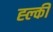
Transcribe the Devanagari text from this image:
ह्ल्की